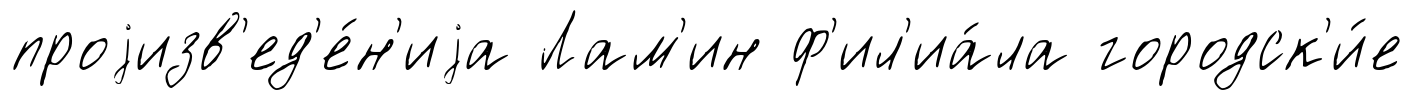
проjизв'ед'е́н'иjа Лам'ин ф'ил'иа́ла городск'и́е